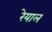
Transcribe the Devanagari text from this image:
रेयाल